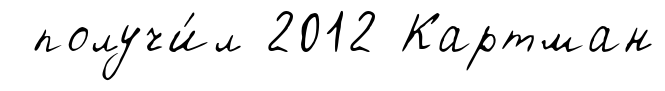
получи́л 2012 Картман